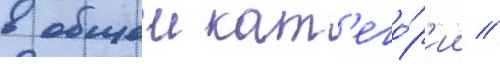
в общеи кат'его́р'ии //